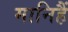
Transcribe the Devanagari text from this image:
मानिहैं